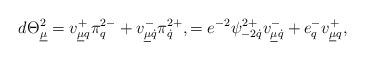
LaTeX: \begin{align*}d\Theta^2_{\underline\mu}=v^{+}_{\underline\mu q}\pi^{2-}_q+v^{-}_{\underline\mu\dot q}\pi^{2+}_{\dot q},=e^{-2}\psi^{2+}_{-2\dot q}v^-_{\underline\mu\dot q}+e^-_qv^{+}_{\underline\mu q},\end{align*}